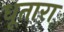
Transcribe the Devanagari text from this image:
धूतारा